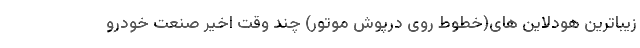
زیباترین هودلاین های(خطوط روی درپوش موتور) چند وقت اخیر صنعت خودرو